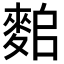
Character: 𪌤